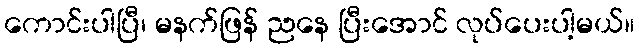
ကောင်းပါပြီ၊ မနက်ဖြန် ညနေ ပြီးအောင် လုပ်ပေးပါ့မယ်။